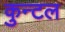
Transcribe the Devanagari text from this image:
कुन्टल